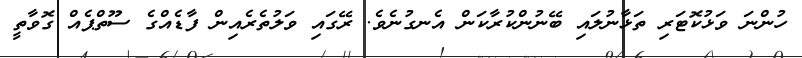
ހުންނަ ވަޅުކޮޓަރި ތަޅާނުލައި ބޭނުންކުރާކަން އެނގުނެވެ. ރޭގައި ވަލުތެރެއިން ފާޑެއްގެ ސޫތްޕެއް ގޮވާތީ